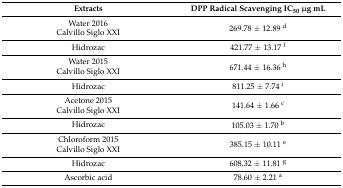
<table><thead><tr><td><b>Extracts</b></td><td><b>DPP Radical Scavenging IC<sub>50</sub> μg mL</b></td></tr></thead><tbody><tr><td>Water 2016Calvillo Siglo XXI</td><td>269.78 ± 12.89 <sup>d</sup></td></tr><tr><td>Hidrozac</td><td>421.77 ± 13.17 <sup>f</sup></td></tr><tr><td>Water 2015Calvillo Siglo XXI</td><td>671.44 ± 16.36 <sup>h</sup></td></tr><tr><td>Hidrozac</td><td>811.25 ± 7.74 <sup>i</sup></td></tr><tr><td>Acetone 2015Calvillo Siglo XXI</td><td>141.64 ± 1.66 <sup>c</sup></td></tr><tr><td>Hidrozac</td><td>105.03 ± 1.70 <sup>b</sup></td></tr><tr><td>Chloroform 2015Calvillo Siglo XXI</td><td>385.15 ± 10.11 <sup>e</sup></td></tr><tr><td>Hidrozac</td><td>608.32 ± 11.81 <sup>g</sup></td></tr><tr><td>Ascorbic acid</td><td>78.60 ± 2.21 <sup>a</sup></td></tr></tbody></table>